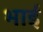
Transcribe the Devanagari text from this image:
भाईं